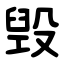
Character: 毁